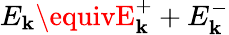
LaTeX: E_{\mathbf{k}}\equivE_{\mathbf{k}}^{+}+E_{\mathbf{k}}^{-}